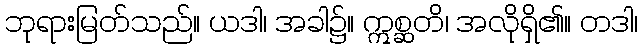
ဘုရားမြတ်သည်။ ယဒါ၊ အခါ၌။ ဣစ္ဆတိ၊ အလိုရှိ၏။ တဒါ၊